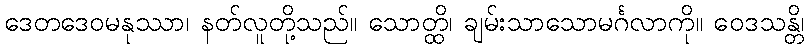
ဒေတဒေဝမနုဿာ၊ နတ်လူတို့သည်။ သောတ္ထိ၊ ချမ်းသာသောမင်္ဂလာကို။ ဝေဒသန္တိ၊